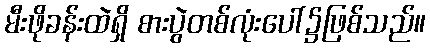
မီးဖိုခန်းထဲရှိ စားပွဲတစ်လုံးပေါ်၌ဖြစ်သည်။